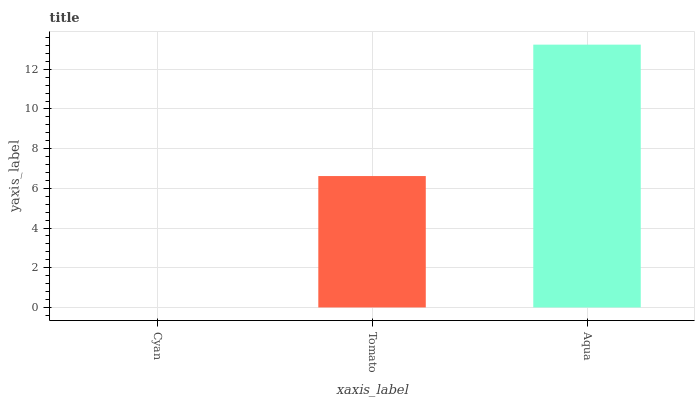
| xaxis_label | bars |
 | --- | --- |
 | Cyan | 0 |
 | Tomato | 6.62 |
 | Aqua | 13.2 |